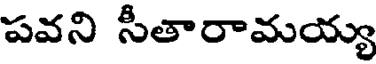
పవని సీతారామయ్య